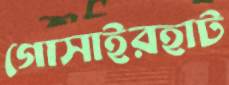
গোসাইরহাট